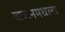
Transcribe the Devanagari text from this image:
जपानमधला